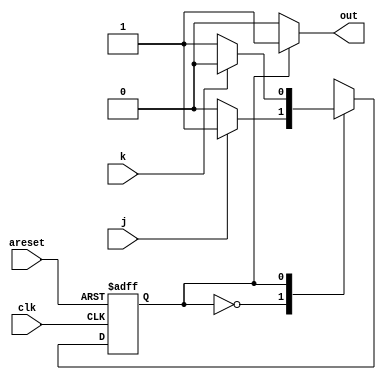
module top_module(
    input clk,
    input areset,    // Asynchronous reset to OFF
    input j,
    input k,
    output out); //  

    parameter OFF = 1'd0, ON = 1'd1; 
    reg state, next_state;

    always @(*) begin
        // State transition logic
        case(state)
            OFF : next_state = (j) ? ON   : OFF;
            ON  : next_state = (k) ? OFF  : ON;
        endcase
    end

    always @(posedge clk, posedge areset) begin
        // State flip-flops with asynchronous reset
        if(areset) state <= OFF;
        else       state <= next_state;
    end

    // Output logic
    assign out = (state == OFF) ? 1'd0 : 1'd1;

endmodule

// Alternate
/*
    module top_module (
	input clk,
	input j,
	input k,
	input areset,
	output out
);
	parameter A=0, B=1;
	reg state;
	reg next;
    
    always_comb begin
		case (state)
			A: next = j ? B : A;
			B: next = k ? A : B;
		endcase
    end
    
    always @(posedge clk, posedge areset) begin
		if (areset) state <= A;
        else state <= next;
	end
		
	assign out = (state==B);

	
endmodule

*/